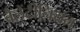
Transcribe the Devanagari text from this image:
वैलेंटीनियन